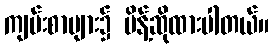
ကျမ်းစာများ၌ မိန့်ဆိုထားပါတယ်။